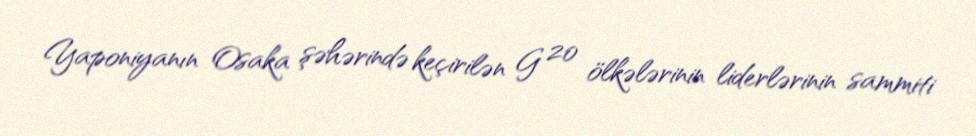
Yaponiyanın Osaka şəhərində keçirilən G 20 ölkələrinin liderlərinin sammiti